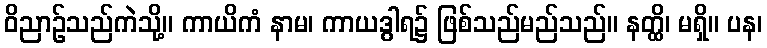
ဝိညာဉ်သည်ကဲသို့။ ကာယိကံ နာမ၊ ကာယဒွါရ၌ ဖြစ်သည်မည်သည်။ နတ္ထိ၊ မရှိ။ ပန၊